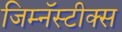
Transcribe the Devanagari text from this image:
जिम्नॅस्टीक्स